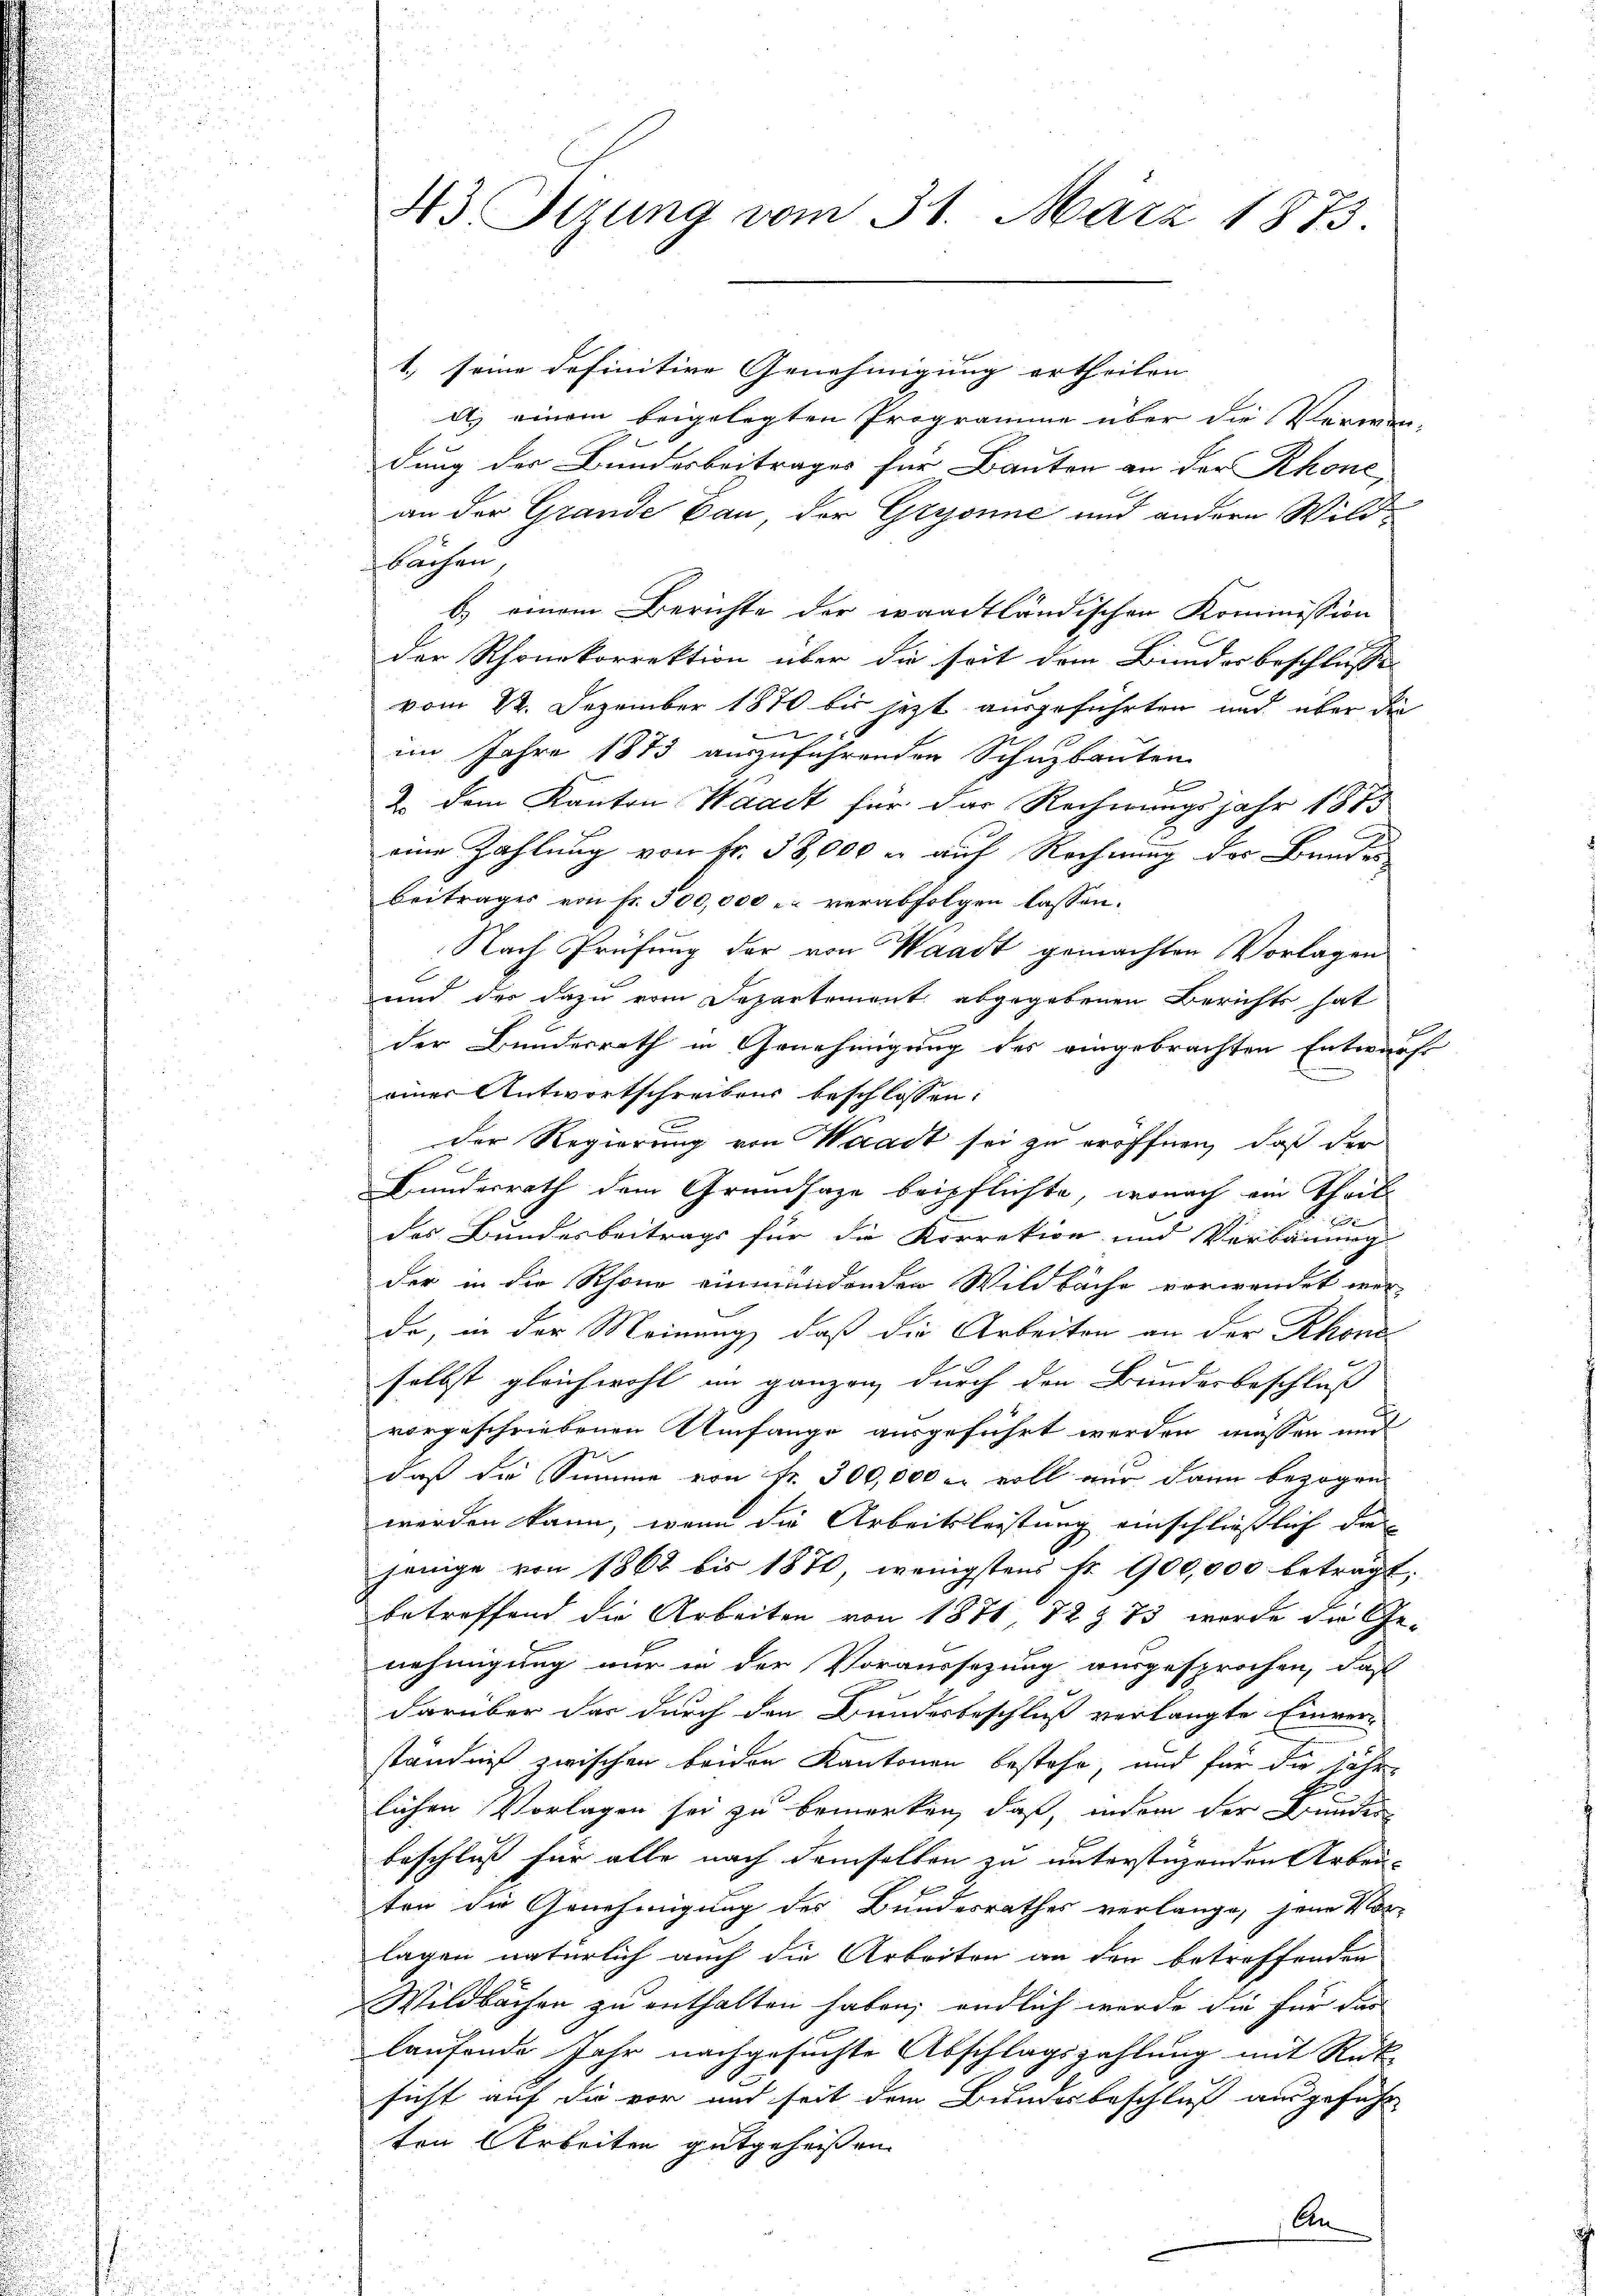
43 Sizung vom 31. März 1873.

1.) seine definitive Genehmigung ertheilen
d. einem beigelegten Programme über die Vermen-
x
dung der Bundesbeitrages für Bauten an der Rhone
an der Grande Bau, der Gryonne und andern Wildbächen
b.) einem Berichte der waadtländischen Kommission
der Rhonekorrektion über die seit dem Bundesbeschlusses
vom 22. Dezember 1870 bis jezt ausgeführten und über die
im Jahre 1873 auszuführenden Schuzbauten

2. dem Kanton Waadt für das Rechnungsjahr 1873
eine Zahlung von Fr. 38,000 u. auf Rechnung der Bruden
beitrages von Fr. 500,000 - verabfolgen lassen.
Nach Prüfung der von Waadt gemachten Vorlagen
und der dazu vom Departement abgegebenen Berichts hat
der Bundesrath in Genehmigung des eigebrachten Entwurfs
einer Antwortschreibens beschlossen:
der Regierung von Waadt sei zu eröffnen, daß der
Bundesrath dem Grundsaze beipflichte, wonach ein Theil
7
des Bundesbeitrags für die Korretion und Verbauung
der in die Rhone einmündenden Wildbache vorwendet wer
de, in der Meinung, daß die Arbeiten an der Rhone
selbst gleichwohl im ganzen durch den Bundesbeschluß
vorgeschriebenen Umfange ausgeführt werden müssen und
daß die Summe von fr. 300,000 er voll nur dann bezogen
werden kann, wenn die Arbeitsleistung einschließlich die
jenige von 1868 bis 1876, wenigstens Fr. 900,000 beträgt.
betreffend die Arbeiten von 1871 72 § 73 wurde die Ge-
nehmigung nur in der Voraussezung ausgesprochen, daß
darüber das durch den Bundesbeschluß verlangte Einver-
ständniß zwischen beiden Kantonen bestehe, und für die jährlichen Vorlagen sei zu bemerken, daß, indem der Bunder
beschluß für alle nach demselben zu unterstüzenden Arbeiten die Genehmigung des Bundesrathes verlange, jene Vor-
lagen natürlich auch die Arbeiten an den betreffenden
Wildbachen zu enthalten haben; endlich werde die für das
laufende Jahr nachgesuchte Abschlagszahlung mit Rüksicht auf die vor und seit dem Bundesbeschluß ausgeführ
ten Arbeiten gutgeheißen
An